Indian Civil Veterinary Department memoirs
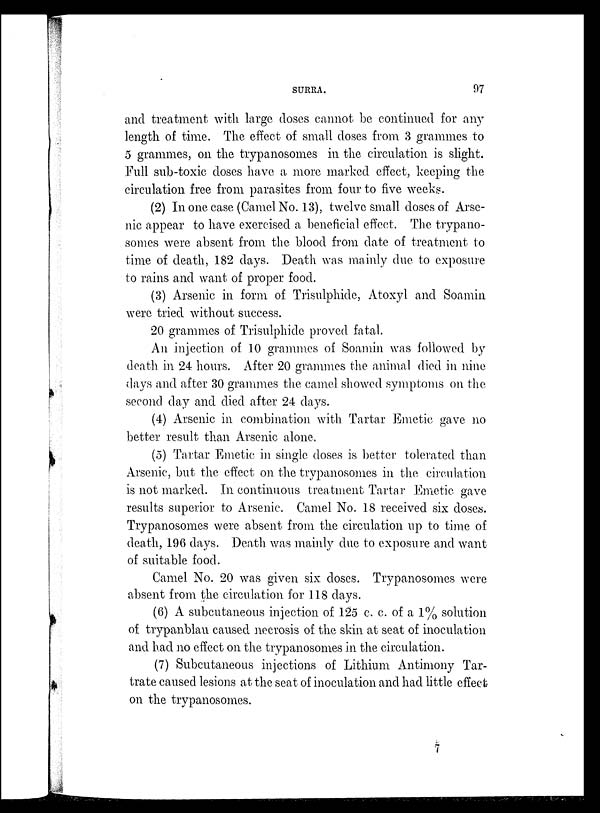
SURRA.
97
and treatment with large doses cannot be continued for any
length of time. The effect of small doses from 3 grammes to
5 grammes, on the trypanosomes in the circulation is slight.
Full sub-toxic doses have a more marked effect, keeping the
circulation free from parasites from four to five weeks.
(2) In one case (Camel No. 13), twelve small doses of Arse-
nic appear to have exercised a beneficial effect. The trypano-
somes were absent from the blood from date of treatment to
time of death, 182 days. Death was mainly due to exposure
to rains and want of proper food.
(3) Arsenic in form of Trisulphide, Atoxyl and Soamin
were tried without success.
20 grammes of Trisulphide proved fatal.
An injection of 10 grammes of Soamin was followed by
death in 24 hours. After 20 grammes the animal died in nine
days and after 30 grammes the camel showed symptoms on the
second day and died after 24 days.
(4) Arsenic in combination with Tartar Emetic gave no
better result than Arsenic alone.
(5) Tartar Emetic in single doses is better tolerated than
Arsenic, but the effect on the trypanosomes in the circulation
is not marked. In continuous treatment Tartar Emetic gave
results superior to Arsenic. Camel No. 18 received six doses.
Trypanosomes were absent from the circulation up to time of
death, 196 days. Death was mainly due to exposure and want
of suitable food.
Camel No. 20 was given six doses. Trypanosomes were
absent from the circulation for 118 days.
(6) A subcutaneous injection of 125 c. c. of a 1% solution
of trypanblau caused necrosis of the skin at seat of inoculation
and had no effect on the trypanosomes in the circulation.
(7) Subcutaneous injections of Lithium Antimony Tar-
trate caused lesions at the seat of inoculation and had little effect
on the trypanosomes.
7